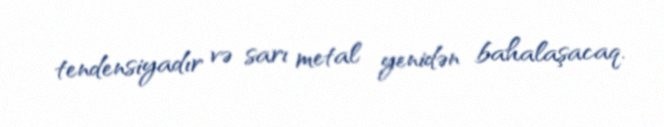
tendensiyadır və sarı metal yenidən bahalaşacaq.